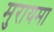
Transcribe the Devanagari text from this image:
मुरायमा